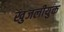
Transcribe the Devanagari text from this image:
खुजलीयुक्त